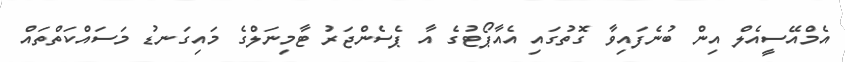
އެމްއޭސީއެލް އިން ބުނެފައިވާ ގޮތުގައި އެއާޕޯޓުގެ އާ ޕެސެންޖަރު ޓާމިނަލްގެ މައިގަނޑު މަސައްކަތްތައް